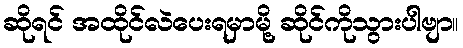
ဆိုရင် အထိုင်လဲပေးရမှာမို့ ဆိုင်ကိုသွားပါဗျာ။